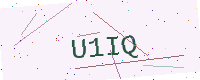
Text: U1IQ